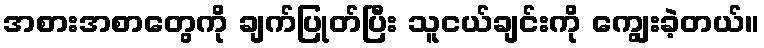
အစားအစာတွေကို ချက်ပြုတ်ပြီး သူငယ်ချင်းကို ကျွေးခဲ့တယ်။